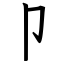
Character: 卩